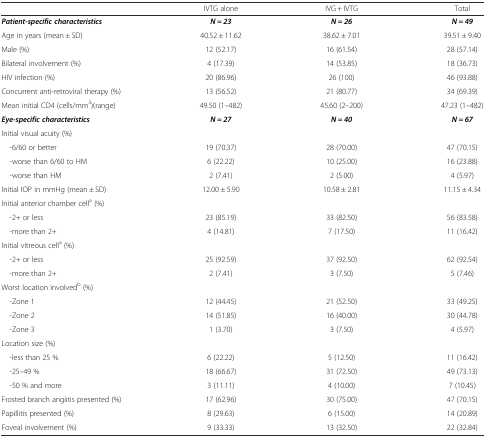
<table><thead><tr><td></td><td><b>IVTG alone</b></td><td><b>IVG + IVTG</b></td><td><b>Total</b></td></tr></thead><tbody><tr><td><b><i>Patient-specific characteristics</i></b></td><td><b><i>N = 23</i></b></td><td><b><i>N = 26</i></b></td><td><b><i>N = 49</i></b></td></tr><tr><td>Age in years (mean ± SD)</td><td>40.52 ± 11.62</td><td>38.62 ± 7.01</td><td>39.51 ± 9.40</td></tr><tr><td>Male (%)</td><td>12 (52.17)</td><td>16 (61.54)</td><td>28 (57.14)</td></tr><tr><td>Bilateral involvement (%)</td><td>4 (17.39)</td><td>14 (53.85)</td><td>18 (36.73)</td></tr><tr><td>HIV infection (%)</td><td>20 (86.96)</td><td>26 (100)</td><td>46 (93.88)</td></tr><tr><td>Concurrent anti-retroviral therapy (%)</td><td>13 (56.52)</td><td>21 (80.77)</td><td>34 (69.39)</td></tr><tr><td>Mean initial CD4 (cells/mm<sup>3</sup>)(range)</td><td>49.50 (1–482)</td><td>45.60 (2–200)</td><td>47.23 (1–482)</td></tr><tr><td><b><i>Eye-specific characteristics</i></b></td><td><b><i>N = 27</i></b></td><td><b><i>N = 40</i></b></td><td><b><i>N = 67</i></b></td></tr><tr><td colspan="4">Initial visual acuity (%)</td></tr><tr><td> -6/60 or better</td><td>19 (70.37)</td><td>28 (70.00)</td><td>47 (70.15)</td></tr><tr><td> -worse than 6/60 to HM</td><td>6 (22.22)</td><td>10 (25.00)</td><td>16 (23.88)</td></tr><tr><td> -worse than HM</td><td>2 (7.41)</td><td>2 (5.00)</td><td>4 (5.97)</td></tr><tr><td>Initial IOP in mmHg (mean ± SD)</td><td>12.00 ± 5.90</td><td>10.58 ± 2.81</td><td>11.15 ± 4.34</td></tr><tr><td colspan="4">Initial anterior chamber cell<sup>a</sup> (%)</td></tr><tr><td> -2+ or less</td><td>23 (85.19)</td><td>33 (82.50)</td><td>56 (83.58)</td></tr><tr><td> -more than 2+</td><td>4 (14.81)</td><td>7 (17.50)</td><td>11 (16.42)</td></tr><tr><td colspan="4">Initial vitreous cell<sup>a</sup> (%)</td></tr><tr><td> -2+ or less</td><td>25 (92.59)</td><td>37 (92.50)</td><td>62 (92.54)</td></tr><tr><td> -more than 2+</td><td>2 (7.41)</td><td>3 (7.50)</td><td>5 (7.46)</td></tr><tr><td colspan="4">Worst location involved<sup>b</sup> (%)</td></tr><tr><td> -Zone 1</td><td>12 (44.45)</td><td>21 (52.50)</td><td>33 (49.25)</td></tr><tr><td> -Zone 2</td><td>14 (51.85)</td><td>16 (40.00)</td><td>30 (44.78)</td></tr><tr><td> -Zone 3</td><td>1 (3.70)</td><td>3 (7.50)</td><td>4 (5.97)</td></tr><tr><td colspan="4">Location size (%)</td></tr><tr><td> -less than 25 %</td><td>6 (22.22)</td><td>5 (12.50)</td><td>11 (16.42)</td></tr><tr><td> -25–49 %</td><td>18 (66.67)</td><td>31 (72.50)</td><td>49 (73.13)</td></tr><tr><td> -50 % and more</td><td>3 (11.11)</td><td>4 (10.00)</td><td>7 (10.45)</td></tr><tr><td>Frosted branch angiitis presented (%)</td><td>17 (62.96)</td><td>30 (75.00)</td><td>47 (70.15)</td></tr><tr><td>Papillitis presented (%)</td><td>8 (29.63)</td><td>6 (15.00)</td><td>14 (20.89)</td></tr><tr><td>Foveal involvement (%)</td><td>9 (33.33)</td><td>13 (32.50)</td><td>22 (32.84)</td></tr></tbody></table>